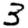
Digit: 3